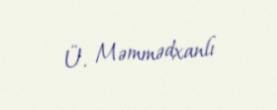
Ü. Məmmədxanlı